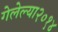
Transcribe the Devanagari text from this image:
गेलेल्या२०१४